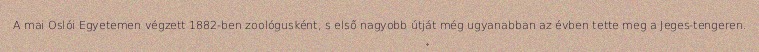
A mai Oslói Egyetemen végzett 1882-ben zoológusként, s első nagyobb útját még ugyanabban az évben tette meg a Jeges-tengeren.